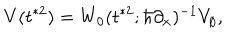
LaTeX: V ( t ^ { * 2 } ) = W _ { 0 } ( t ^ { * 2 } ; \hbar \partial _ { x } ) ^ { - 1 } V _ { \emptyset } ,